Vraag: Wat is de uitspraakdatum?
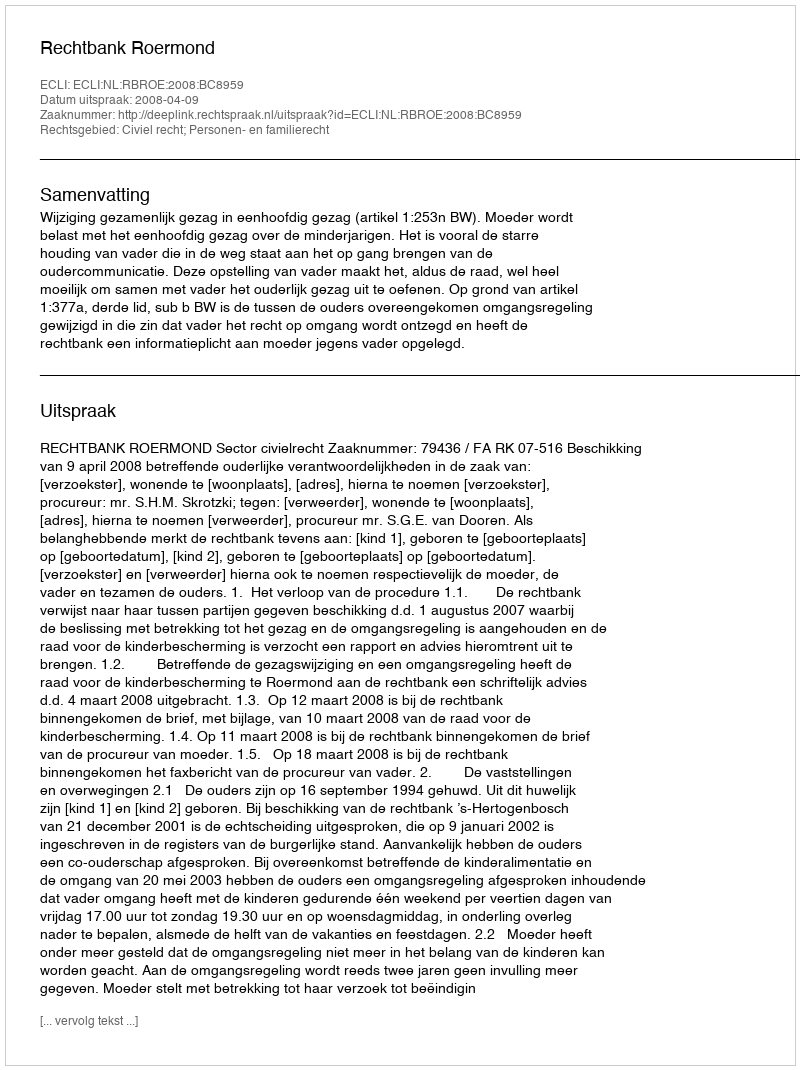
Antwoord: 2008-04-09